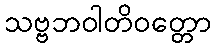
သဗ္ဗဘဝါတိဝတ္တော